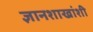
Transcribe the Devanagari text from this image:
ज्ञानशाखांशी